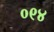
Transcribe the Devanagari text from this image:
०९४